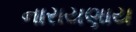
નારાયણાય